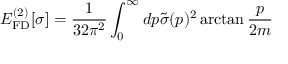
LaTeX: E _ { \mathrm { F D } } ^ { ( 2 ) } [ \sigma ] = \frac { 1 } { 3 2 \pi ^ { 2 } } \int _ { 0 } ^ { \infty } d p \tilde { \sigma } ( p ) ^ { 2 } \arctan \frac { p } { 2 m }